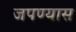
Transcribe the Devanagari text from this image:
जपण्यास